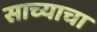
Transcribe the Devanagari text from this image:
साच्याचा